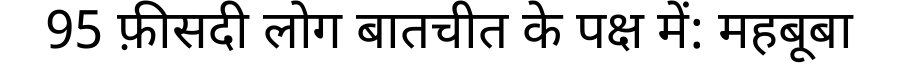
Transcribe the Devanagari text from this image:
95 फ़ीसदी लोग बातचीत के पक्ष में: महबूबा